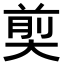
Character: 𪥗